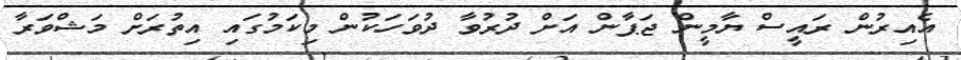
އެއިރުން ރައީސް ޔާމީން ޖަޕާން އަށް ދުރުވާ ދުވަހަކުން މިކަމުގައި އިތުރަށް މަޝްވަރާ